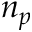
n _ { p }